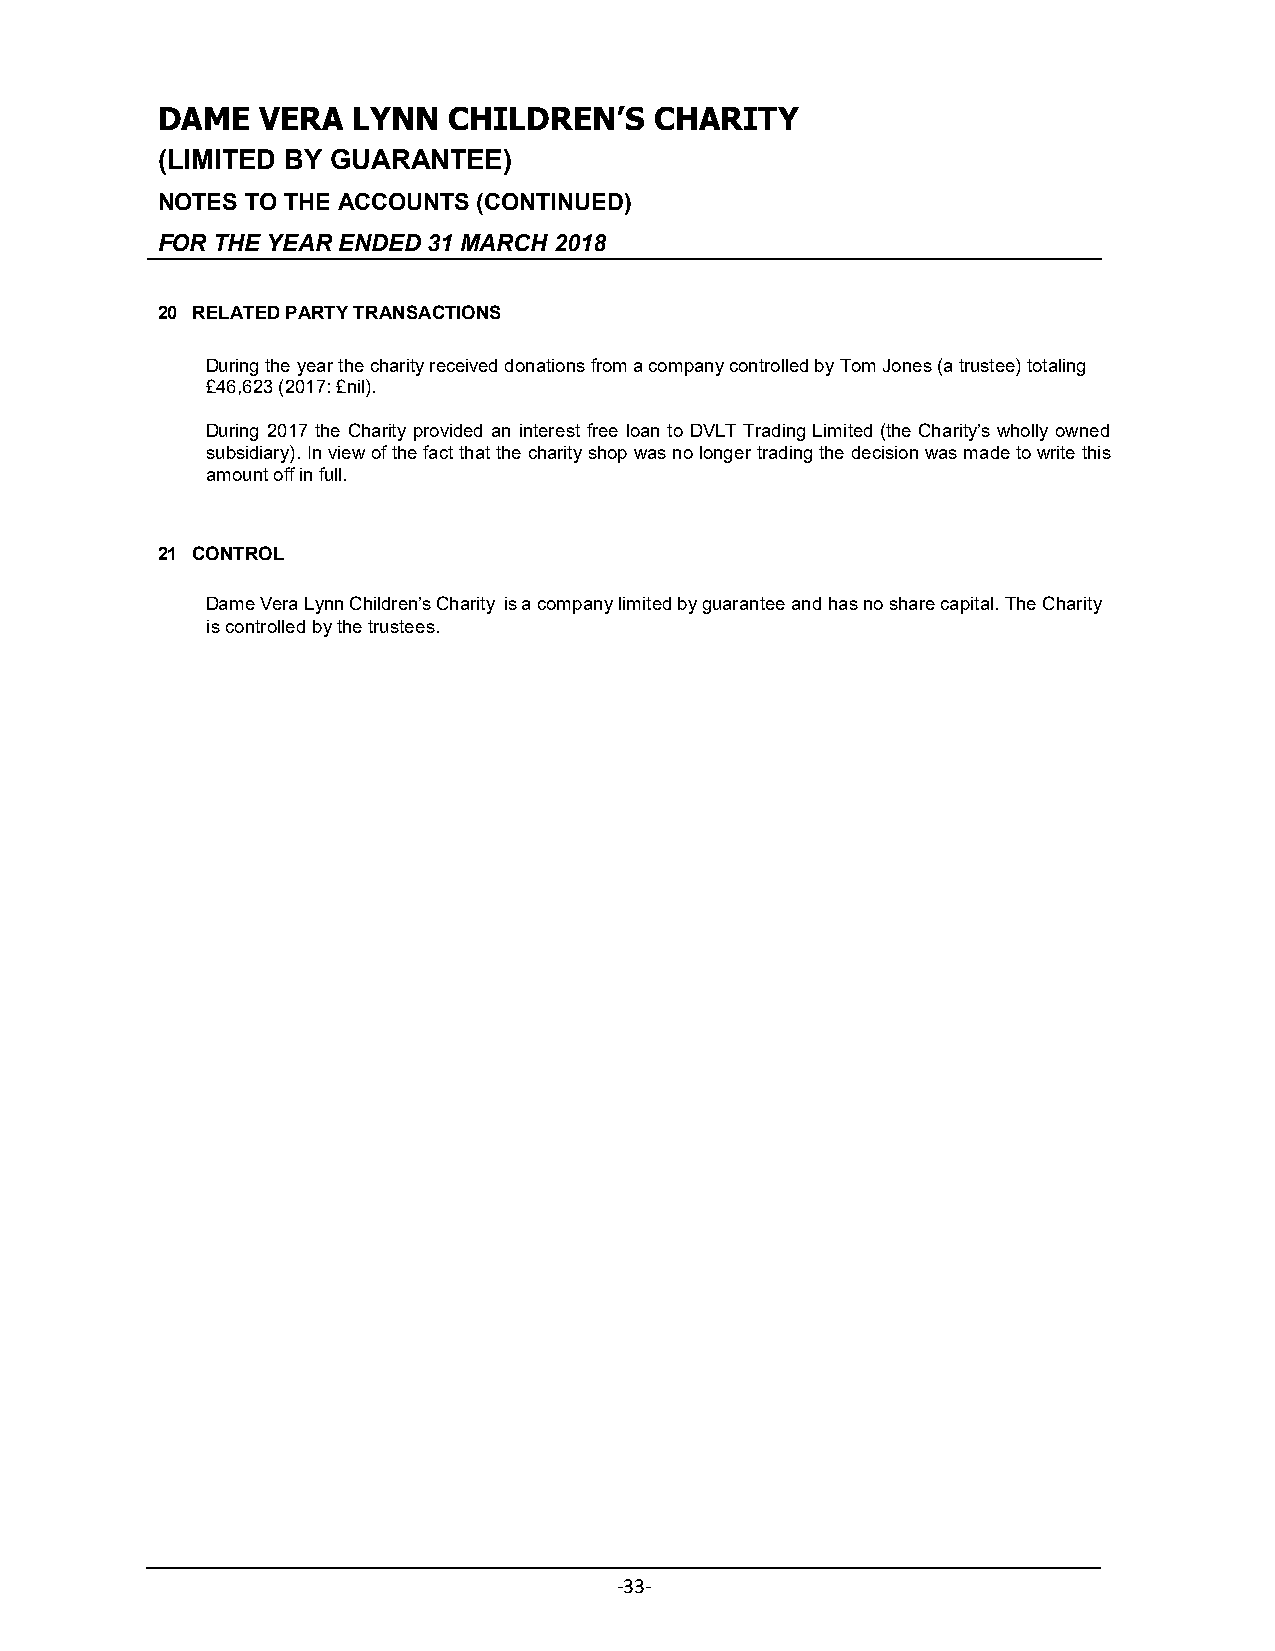
DAME   VERA  LYNN   CHILDREN’S   CHARITY
 (LIMITED BY GUARANTEE)
 NOTES TO THE ACCOUNTS (CONTINUED)
 FOR THE YEAR ENDED 31 MARCH 2018
 20 RELATED PARTY TRANSACTIONS
 During the year the charity received donations from a company controlled by Tom Jones (a trustee) totaling
 £46,623 (2017: £nil).
 During 2017 the Charity provided an interest free loan to DVLT Trading Limited (the Charity’s wholly owned
 subsidiary). In view of the fact that the charity shop was no longer trading the decision was made to write this
 amount off in full.
 21 CONTROL
 Dame Vera Lynn Children’s Charity is a company limited by guarantee and has no share capital. The Charity
 is controlled by the trustees.
 -33-